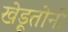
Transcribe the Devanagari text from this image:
खेडूतोनी